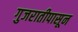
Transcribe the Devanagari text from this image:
गुजरातीपासून